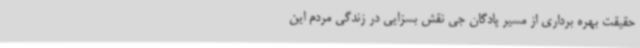
حقیقت بهره برداری از مسیر پادگان جی نقش بسزایی در زندگی مردم این